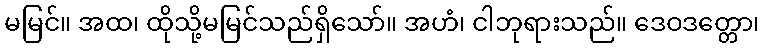
မမြင်။ အထ၊ ထိုသို့မမြင်သည်ရှိသော်။ အဟံ၊ ငါဘုရားသည်။ ဒေဝဒတ္တော၊